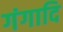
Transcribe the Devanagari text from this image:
गंगादि